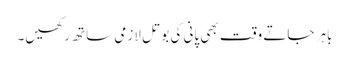
باہر جاتے وقت بھی پانی کی بوتل لازمی ساتھ رکھیں۔